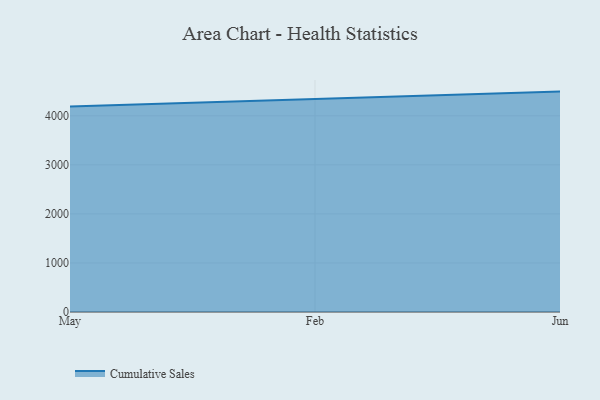
{"axis": {"x": "Month", "y": "Demand Index"}, "legend": ["Cumulative Sales"], "data": [{"x": "May", "y": 4189.6, "type": "Cumulative Sales"}, {"x": "Feb", "y": 4334.0, "type": "Cumulative Sales"}, {"x": "Jun", "y": 4493.4, "type": "Cumulative Sales"}]}